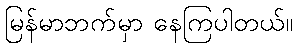
မြန်မာဘက်မှာ နေကြပါတယ်။